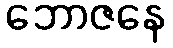
ဘောဇနေ